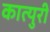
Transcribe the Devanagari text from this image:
कात्‍युरी